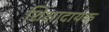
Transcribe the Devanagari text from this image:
शिक्षादायक